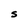
Character: S